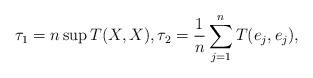
LaTeX: \begin{align*}\tau_1=n\sup T(X,X),\tau_2=\frac1n\sum_{j=1}^nT(e_j,e_j),\end{align*}